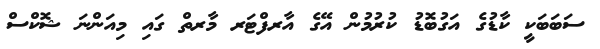
ސަބަބަކީ ކާޑުގެ އަގުބޮޑު ކުރުމުން އޭގެ އާރފްޓަރ މާރތް ގައި މިއަންނަ ޝޮކްސް